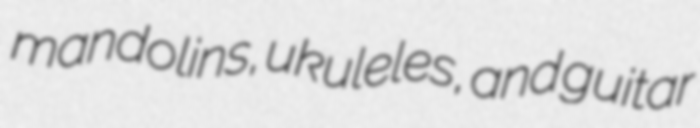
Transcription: mandolins, ukuleles, and guitar